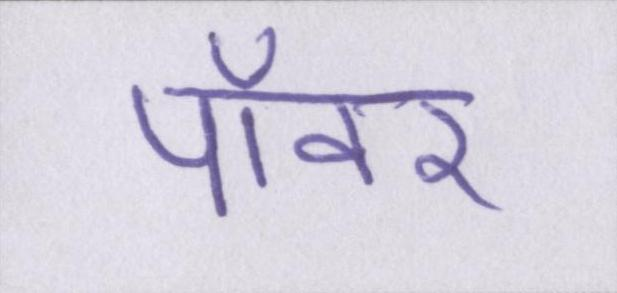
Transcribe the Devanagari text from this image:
पॉवर